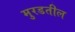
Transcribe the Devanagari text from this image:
मुरडतील